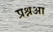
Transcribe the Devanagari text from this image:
प्रश्नआ